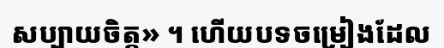
សប្បាយចិត្ត» ។ ហើយបទចម្រៀងដែល